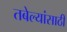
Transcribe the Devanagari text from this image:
तबेल्यांसाठी